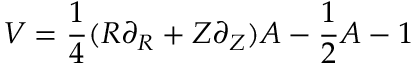
V = \frac 1 4 ( R \partial _ { R } + Z \partial _ { Z } ) A - \frac 1 2 A - 1